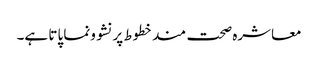
معاشرہ صحت مندخطوط پرنشوونما پاتا ہے۔